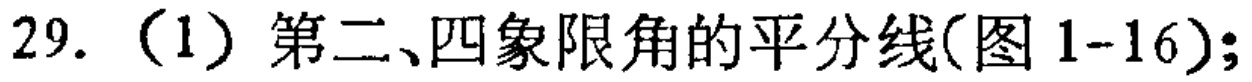
29.（1）第二、四象限角的平分线(图 1-16);